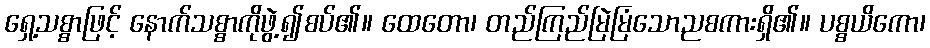
ရှေ့သစ္စာဖြင့် နောက်သစ္စာကိုဖွဲ့၍စပ်၏။ ထေတော၊ တည်ကြည်မြဲမြံသောညစကားရှိ၏။ ပစ္စယိကော၊